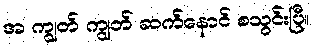
အ ကျွတ် ကျွတ် ဆက်နောင် စသွင်းပြီ။